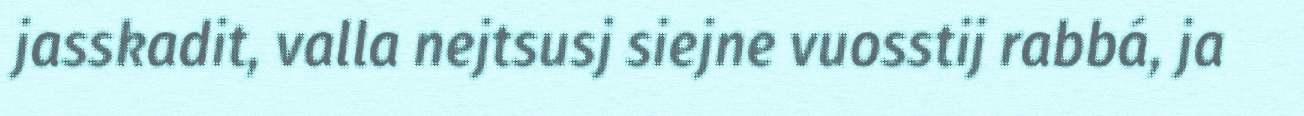
jasskadit, valla nejtsusj siejne vuosstij rabbá, ja